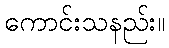
ကောင်းသနည်း။